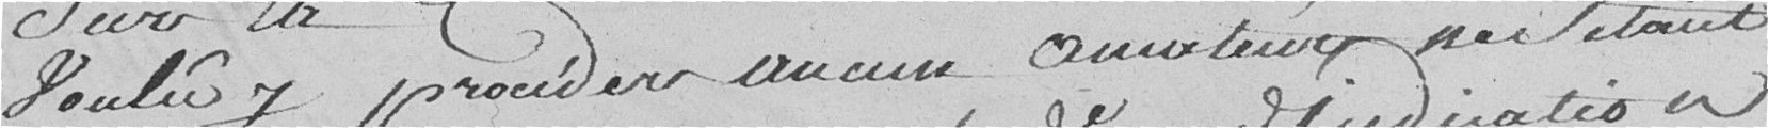
sur la commune de cette ville, et ayant voulu y procéder aucun amateur ne s'étant